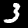
Label: 3